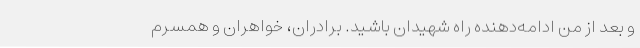
و بعد از من ادامه‌دهنده راه شهیدان باشید. برادران، خواهران و همسرم